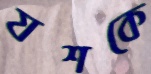
যশকে